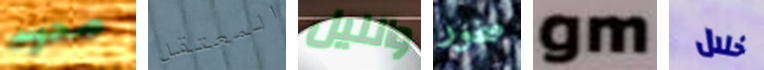
صحوت المعتقل والليل صخور gm خلال